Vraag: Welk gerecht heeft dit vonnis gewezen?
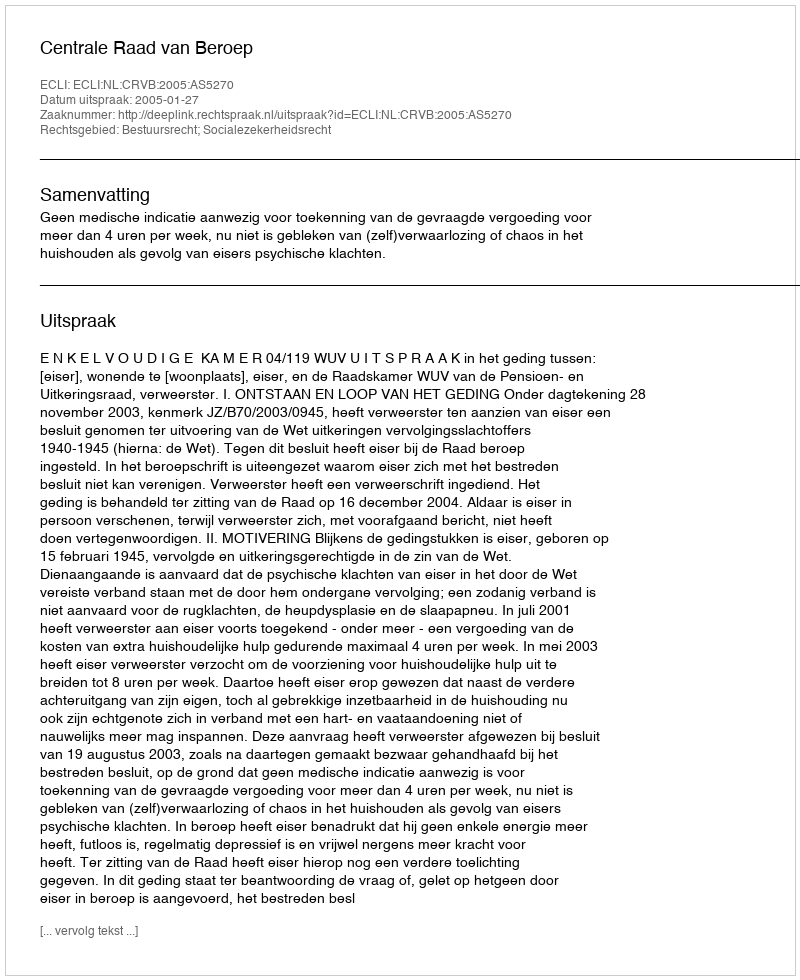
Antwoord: Centrale Raad van Beroep